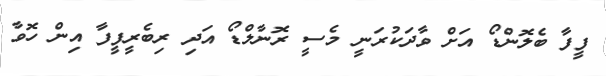
ފީފާ ބެލޮންޑޯ އަށް ވާދަކުރަނީ މެސީ ރޮނާލްޑޯ އަދި ރިބެރީފީފާ އިން ހޮވާ